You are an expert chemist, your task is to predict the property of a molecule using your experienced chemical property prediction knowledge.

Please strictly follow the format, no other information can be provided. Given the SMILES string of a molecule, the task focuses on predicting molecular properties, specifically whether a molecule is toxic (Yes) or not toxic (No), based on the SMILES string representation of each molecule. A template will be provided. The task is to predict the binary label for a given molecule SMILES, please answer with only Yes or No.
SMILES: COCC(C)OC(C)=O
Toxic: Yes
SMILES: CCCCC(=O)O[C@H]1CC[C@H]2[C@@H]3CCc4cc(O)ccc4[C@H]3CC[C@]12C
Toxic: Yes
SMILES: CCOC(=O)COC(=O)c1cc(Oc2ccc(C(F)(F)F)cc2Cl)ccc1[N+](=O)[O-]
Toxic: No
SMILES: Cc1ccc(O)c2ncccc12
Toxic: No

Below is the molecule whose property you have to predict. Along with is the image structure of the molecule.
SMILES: CC(C)c1ccc2c(C(C)C)cc(C(C)C)c(S(=O)(=O)[O-])c2c1
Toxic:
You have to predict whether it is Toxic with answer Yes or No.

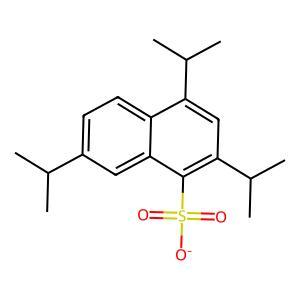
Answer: No